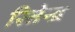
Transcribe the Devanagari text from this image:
रितेन्द्र